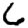
Digit: 6